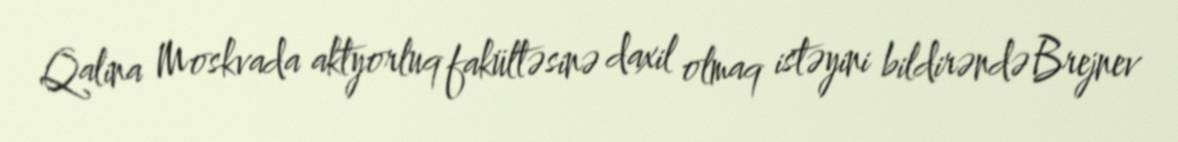
Qalina Moskvada aktyorluq fakültəsinə daxil olmaq istəyini bildirəndə Brejnev